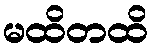
မထိတထိ